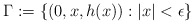
\begin{align*}\Gamma:=\{(0,x,h(x)): |x| < \epsilon \}\end{align*}